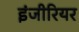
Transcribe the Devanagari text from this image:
इंजीरियर